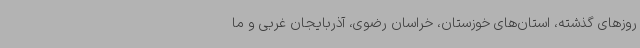
روزهای گذشته، استان‌های خوزستان، خراسان رضوی، آذربایجان غربی و ما